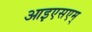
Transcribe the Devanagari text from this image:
आइएसएम्